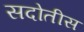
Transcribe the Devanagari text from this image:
सदोतीस